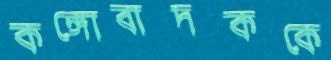
কঙ্গোবাদককে